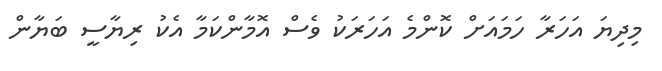
މިދިޔަ އަހަރާ ހަމައަށް ކޮންމެ އަހަރަކު ވެސް އޮމާންކަމާ އެކު ރިޔާސީ ބަޔާން